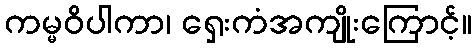
ကမ္မဝိပါကာ၊ ရှေးကံအကျိုးကြောင့်။